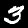
Label: 3